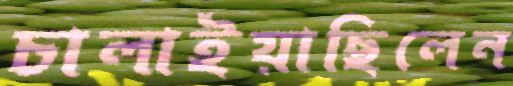
চালাইয়াছিলেন